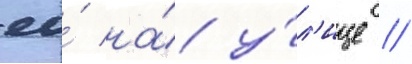
ео́ на́ у́л'ице //